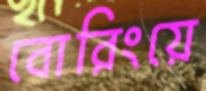
বোরিংয়ে